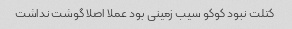
کتلت نبود کوکو سیب زمینی بود عملا اصلا گوشت نداشت